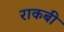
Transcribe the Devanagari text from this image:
राकबी